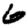
Digit: 6